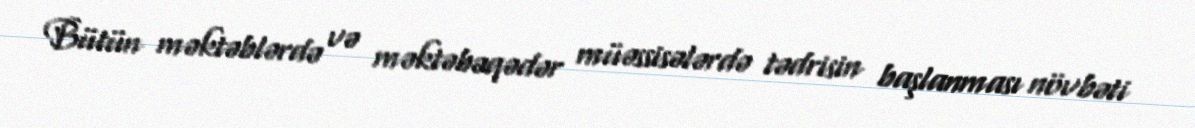
Bütün məktəblərdə və məktəbəqədər müəssisələrdə tədrisin başlanması növbəti